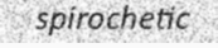
spirochetic